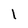
Character: l